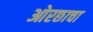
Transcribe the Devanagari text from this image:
ओरछाचा